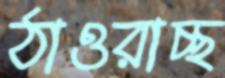
ঠাওরাচ্ছ